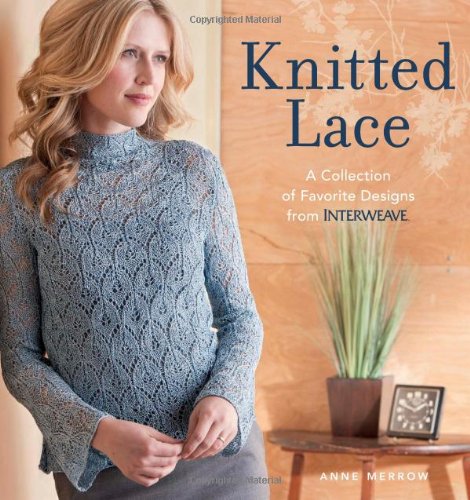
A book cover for Knitted Lace: A Collection of Favorite Designs from Interweave; Anne Merrow; Crafts, Hobbies & Home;